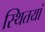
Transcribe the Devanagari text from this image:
स्थितयां